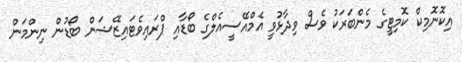
އިކޮނޮމިކް ކޮމިޓީގެ މެންބަރަކު ވެސް ވިދާޅުވީ އެމްއޭސީއެލްގެ ބޯޑާއި ޕްރައިވެޓައިޒޭޝަން ބޯޑުން ނިންމަން